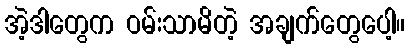
အဲ့ဒါတွေက ဝမ်းသာမိတဲ့ အချက်တွေပေါ့။